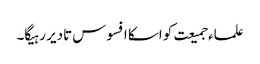
علماء جمیعت کو اسکا افسوس تادیر رہیگا۔